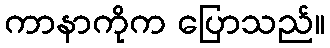
ကာနာကိုက ပြောသည်။